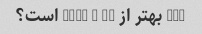
del بهتر از dial - up است؟